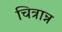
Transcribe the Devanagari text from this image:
चित्रान्न